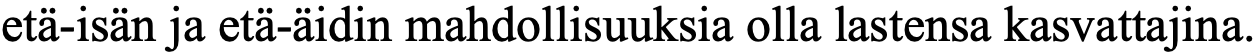
etä-isän ja etä-äidin mahdollisuuksia olla lastensa kasvattajina.